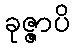
ခုဇ္ဇာပိ